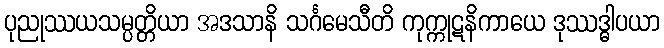
ပုညုဿယသမ္ပတ္တိယာ အဒသာနိ သင်္ဂမေသီတိ ကုက္ကုဋနိကာယေ ဒုဿဒ္ဓါပယာ